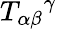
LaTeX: T_{\alpha\beta}{}^{\gamma}